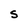
Character: S